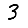
Digit: 3